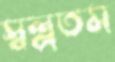
স্বল্পতম